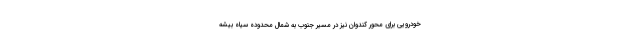
خودرویی برای محور کندوان نیز در مسیر جنوب به شمال محدوده سیاه بیشه